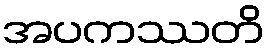
အပကဿတိ